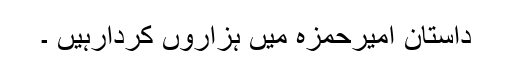
داستانِ امیرحمزہ میں ہزاروں کردارہیں ۔